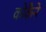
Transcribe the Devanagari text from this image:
कोकैने